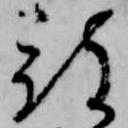
被